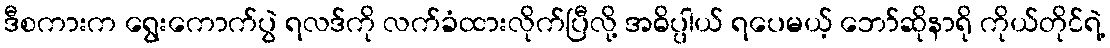
ဒီစကားက ရွေးကောက်ပွဲ ရလဒ်ကို လက်ခံထားလိုက်ပြီလို့ အဓိပ္ပါယ် ရပေမယ့် ဘော်ဆိုနာရို ကိုယ်တိုင်ရဲ့